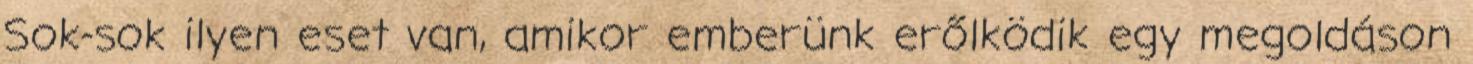
Sok-sok ilyen eset van, amikor emberünk erőlködik egy megoldáson